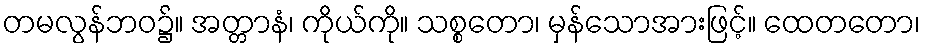
တမလွန်ဘဝ၌။ အတ္တာနံ၊ ကိုယ်ကို။ သစ္စတော၊ မှန်သောအားဖြင့်။ ထေတတော၊